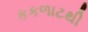
કકળાટથી